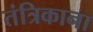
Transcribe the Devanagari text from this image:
तंत्रिकाना